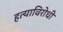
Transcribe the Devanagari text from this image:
हत्याविरोधी